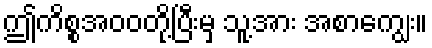
ဤကိစ္စအဝဝတို့ပြီးမှ သူ့အား အစာကျွေး။